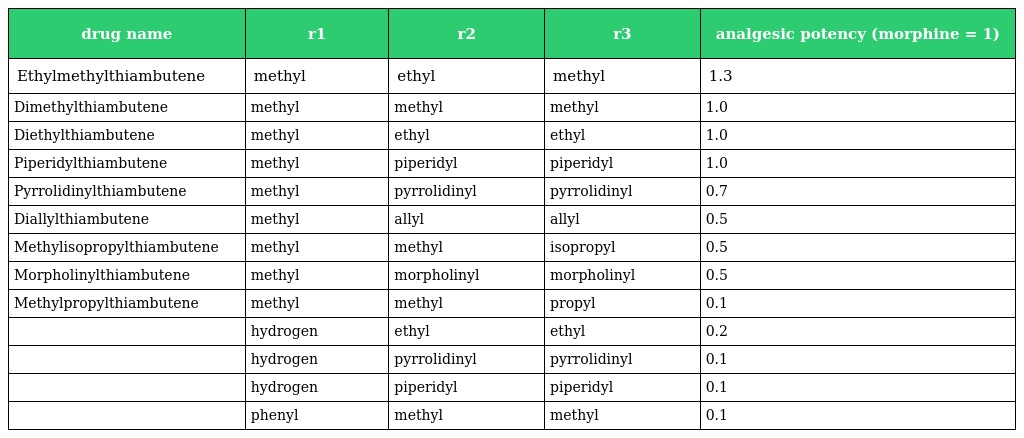
| drug name | r1 | r2 | r3 | analgesic potency (morphine = 1) |
 | --- | --- | --- | --- | --- |
 | Ethylmethylthiambutene | methyl | ethyl | methyl | 1.3 |
 | Dimethylthiambutene | methyl | methyl | methyl | 1.0 |
 | Diethylthiambutene | methyl | ethyl | ethyl | 1.0 |
 | Piperidylthiambutene | methyl | piperidyl | piperidyl | 1.0 |
 | Pyrrolidinylthiambutene | methyl | pyrrolidinyl | pyrrolidinyl | 0.7 |
 | Diallylthiambutene | methyl | allyl | allyl | 0.5 |
 | Methylisopropylthiambutene | methyl | methyl | isopropyl | 0.5 |
 | Morpholinylthiambutene | methyl | morpholinyl | morpholinyl | 0.5 |
 | Methylpropylthiambutene | methyl | methyl | propyl | 0.1 |
 |  | hydrogen | ethyl | ethyl | 0.2 |
 |  | hydrogen | pyrrolidinyl | pyrrolidinyl | 0.1 |
 |  | hydrogen | piperidyl | piperidyl | 0.1 |
 |  | phenyl | methyl | methyl | 0.1 |